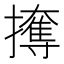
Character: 𰔳